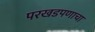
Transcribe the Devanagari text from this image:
परखडपणाचा